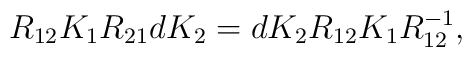
R_{12} K_{1} R_{21} d K_{2}= dK_{2} R_{12} K_{1} R_{12}^{-1},